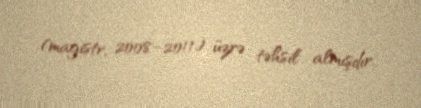
(magistr, 2008–2011) üzrə təhsil almışdır.